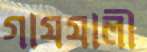
গাযযালী